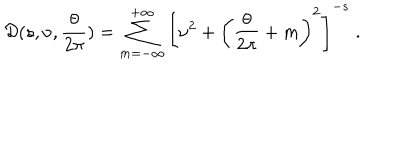
LaTeX: { \cal D } ( s , \nu , { \frac { \theta } { 2 \pi } } ) = \sum _ { m = - \infty } ^ { + \infty } \left[ \nu ^ { 2 } + \left( { \frac { \theta } { 2 \pi } } + m \right) ^ { 2 } \right] ^ { - s } \; .